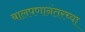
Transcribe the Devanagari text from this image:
बालपणानंतरच्या